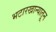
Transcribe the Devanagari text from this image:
भटारखान्यातून